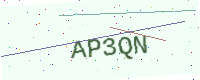
Text: AP3QN